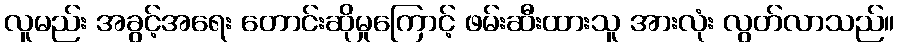
လူမည်း အခွင့်အရေး တောင်းဆိုမှုကြောင့် ဖမ်းဆီးထားသူ အားလုံး လွတ်လာသည်။